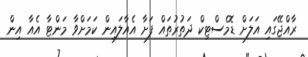
ރާއްޖޭގައި އަލަށް ޑޮމެސްޓިކް ދަތުރުތައް ފަށާ އެއާލައިން ކަމަށްވާ މަންޓާ އެއާ އިން